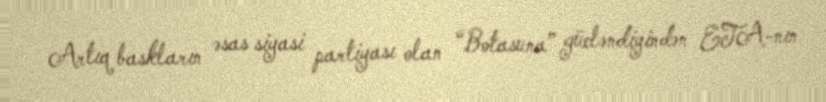
Artıq baskların əsas siyasi partiyası olan “Botasuna” gücləndiyindən ETA-nın